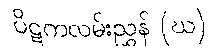
ပိဋကလမ်းညွှန် (ဃ)